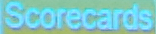
Scorecards